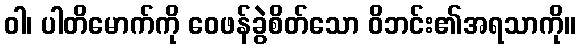
ဝါ၊ ပါတိမောက်ကို ဝေဖန်ခွဲစိတ်သော ဝိဘင်း၏အရသာကို။